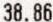
38.86